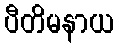
ပီတိမနာယ